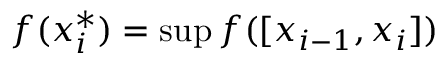
f ( x _ { i } ^ { * } ) = \operatorname* { s u p } f ( [ x _ { i - 1 } , x _ { i } ] )